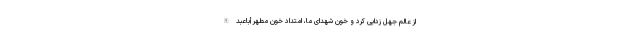
از عالم جهل زدایی کرد و خون شهدای ما، امتداد خون مطهر أباعبدالله